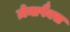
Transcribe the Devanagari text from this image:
ज़ेनापैक्स